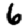
Digit: 6